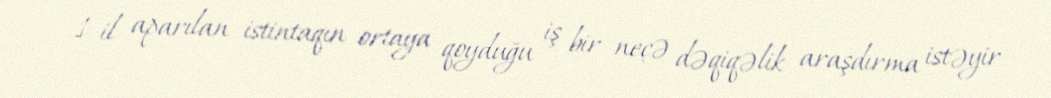
1 il aparılan istintaqın ortaya qoyduğu iş bir neçə dəqiqəlik araşdırma istəyir